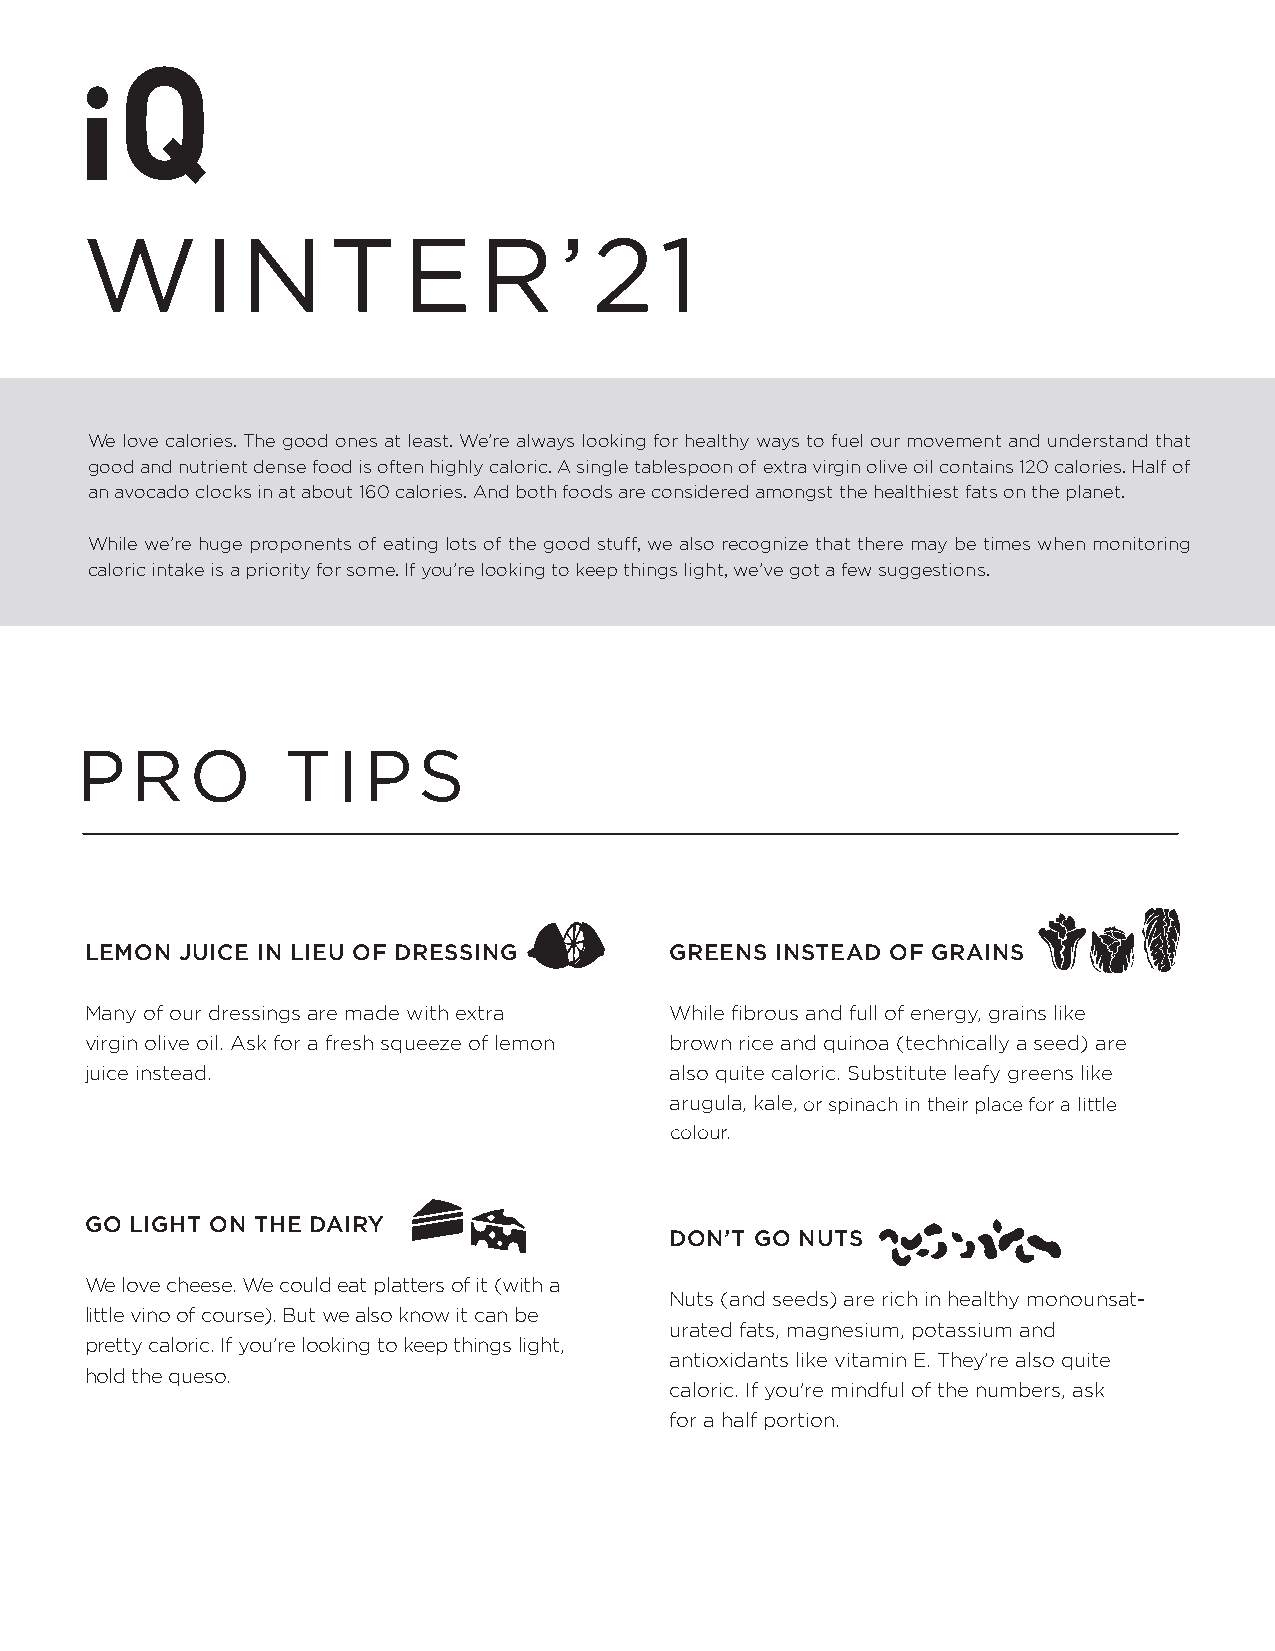
WWIINNTTEERR’                     2’  118
 We love calories. The good ones at least. We’re always looking for healthy ways to fuel our movement and understand that
 good and nutrient dense food is often highly caloric. A single tablespoon of extra virgin olive oil contains 120 calories. Half of
 an avocado clocks in at about 160 calories. And both foods are considered amongst the healthiest fats on the planet.
 While we’re huge proponents of eating lots of the good stuff, we also recognize that there may be times when monitoring
 caloric intake is a priority for some. If you’re looking to keep things light, we’ve got a few suggestions.
 PRO           TIPS
 LEMON JUICE IN LIEU OF DRESSING       GREENS INSTEAD OF GRAINS
 Many of our dressings are made with extra While fibrous and full of energy, grains like
 virgin olive oil. Ask for a fresh squeeze of lemon brown rice and quinoa (technically a seed) are
 juice instead.                        also quite caloric. Substitute leafy greens like
 arugula, kale, ospr isnpaincahc ohr i nro tmheairi npela icne t fhoeri ra plitlatlcee
 fcooorr lso apu irlni.tatcleh cino ltohc uo eril r.o u pr l. a ce for a little
 colour.
 GO LIGHT ON THE DAIRY
 DON’T GO NUTS
 We love cheese. We could eat platters of it (with a
 Nuts (and seeds) are rich in healthy monounsat-
 little vino of course). But we also know it can be
 urated fats, magnesium, potassium and
 pretty caloric. If you’re looking to keep things light,
 antioxidants like vitamin E. They’re also quite
 hold the queso.
 caloric. If you're mindful of the numbers, ask
 for a half portion.